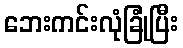
ဘေးကင်းလုံခြုံပြီး